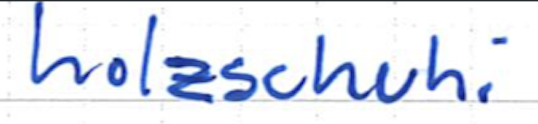
Text: holzschuhi
Cross-out: clean
Writing tool: ballpoint